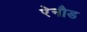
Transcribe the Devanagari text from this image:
रेनौड